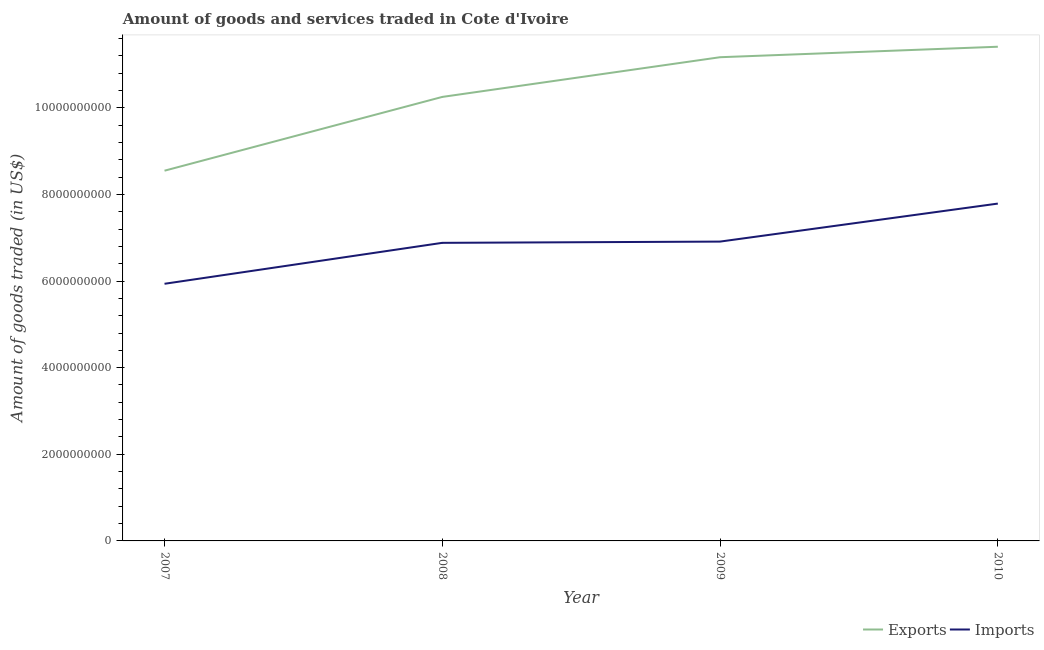
| Year | Exports | Imports |
 | --- | --- | --- |
 | 2007 | 8.55e+09 | 5.94e+09 |
 | 2008 | 1.03e+10 | 6.88e+09 |
 | 2009 | 1.12e+10 | 6.91e+09 |
 | 2010 | 1.14e+10 | 7.79e+09 |